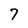
Character: 7